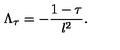
\Lambda _ { \tau } = - { \frac { 1 - \tau } { l ^ { 2 } } } .